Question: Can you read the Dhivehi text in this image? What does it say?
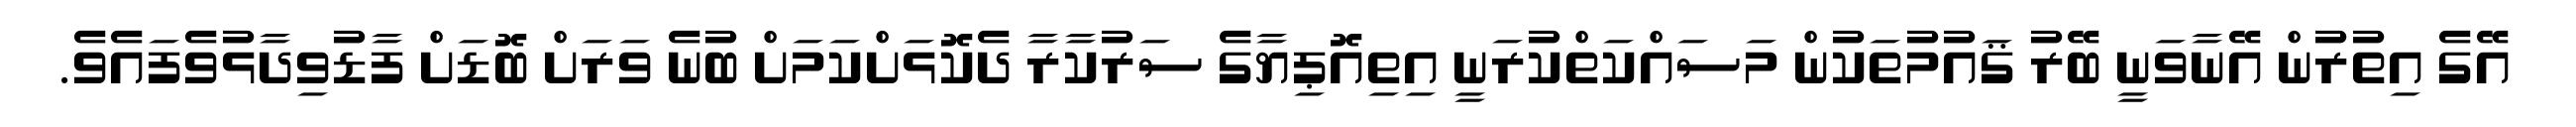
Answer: އޭގެ އިތުރުން އޭނާވަނީ ބޭރު ޤައުމުތަކުން މަސައްކަތްކުރަނީ އިތިއޮޕިޔާގެ ސަރުކާރާ ދެކޮޅަށްކަމަށް ބުނެ ވަރަށް ބޮޑަށް ފާޑުވިދާޅުވެފައެވެ.